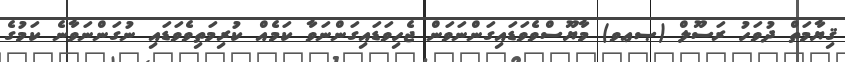
ޤިޔާމަތް ދުވަހު ރަސޫލް (ޞޢވ) މާޔޫސްވެވަޑައިގަންނަވަން ޖެހިވަޑައިގަންނަވާ ކަމެއް ކުރިމަތިވެވަޑައި ނުގަންނަވާނެ ކަމުގެ